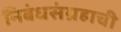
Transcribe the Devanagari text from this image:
निबंधसंग्रहाची